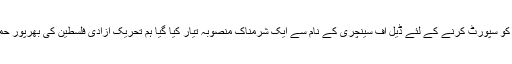
غاصب اسرائیل کو سپورٹ کرنے کے لئے ڈیل آف سینچری کے نام سے ایک شرمناک منصوبہ تیار کیا گیا ہم تحریک آزادی فلسطین کی بھرپور حمایت کرتے ہیں۔